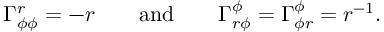
\Gamma _ { \phi \phi } ^ { r } = - r \qquad \mathrm { a n d } \qquad \Gamma _ { r \phi } ^ { \phi } = \Gamma _ { \phi r } ^ { \phi } = r ^ { - 1 } .